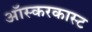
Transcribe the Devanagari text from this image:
ऑस्करकास्ट